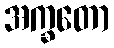
အက္ခတော